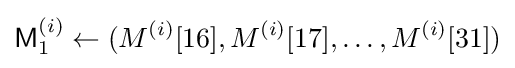
{\textsf {M}}_{1}^{(i)}\leftarrow (M^{(i)}[16],M^{(i)}[17],\ldots ,M^{(i)}[31])